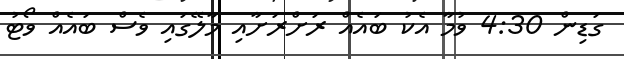
ގަޑިން 4:30 ވުމާ އެކު ބައެއް ރަށްރަށާއި މާލޭގައި ވެސް ބައެއް ވޯޓު